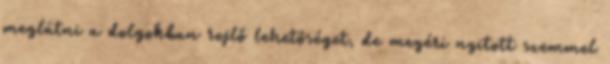
meglátni a dolgokban rejlő lehetőséget, de megéri nyitott szemmel